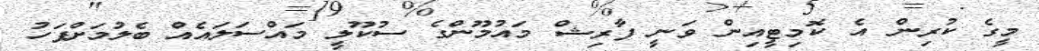
މީގެ ކުރިން އެ ކޮމިޓީއިން ވަނީ ފާރިޝް މައުމޫންގެ ސުކޫލީ މައްސަލައެއް ބެލުމަށްފަހު